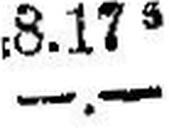
—.—